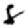
Digit: 8